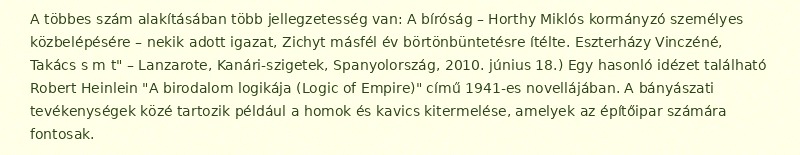
A többes szám alakításában több jellegzetesség van: A bíróság – Horthy Miklós kormányzó személyes közbelépésére – nekik adott igazat, Zichyt másfél év börtönbüntetésre ítélte. Eszterházy Vinczéné, Takács s m t" – Lanzarote, Kanári-szigetek, Spanyolország, 2010. június 18.) Egy hasonló idézet található Robert Heinlein "A birodalom logikája (Logic of Empire)" című 1941-es novellájában. A bányászati tevékenységek közé tartozik például a homok és kavics kitermelése, amelyek az építőipar számára fontosak.